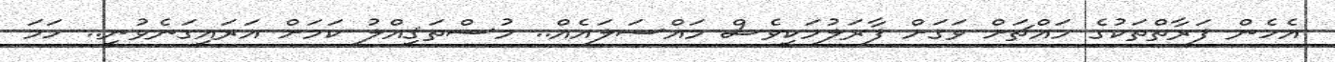
އެހެން ފަރާތްތަކުގެ މައްޗަށް ވަގަށް ފާރަލުމަކީވެސް މައްސަލައެއް.. މުސްތަޤިއްލު ކަމަށް އަރައިގަނެވުނީ.. ހަމަ